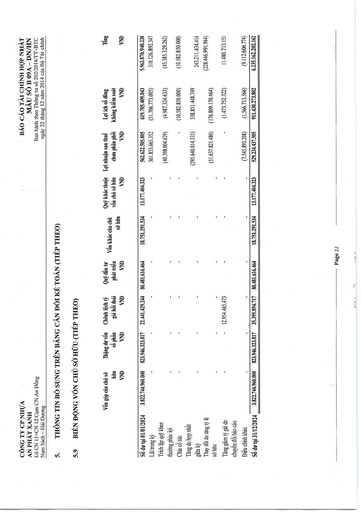
||Vốn góp của chủ sở hữu VND|Thặng dư vốn cổ phần VND|Chênh lệch tỷ giá hối đoái VND|Quỹ đầu tư phát triển VND|Vốn khác của chủ sở hữu|Quỹ khác thuộc vốn chủ sở hữu VND|Lợi nhuận sau thuế chưa phân phối VND|Lợi ích cổ đông không kiểm soát VND|Tổng VND| |---|---|---|---|---|---|---|---|---|---| |Số dư tại 01/01/2024|3.822.744.960.000|823.946.323.817|22.441.429.244|80.481.616.464|18.751.291.534|13.177.404.323|562.622.505.805|619.705.409.043|5.963.870.940.230| |Lãi trong kỳ|-|-|-|-|-|-|361.833.665.352|(51.706.773.005)|310.126.892.347| |Trích lập quỹ khen thưởng phúc lợi|-|-|-|-|-|-|(40.398.004.629)|(4.987.324.633)|(45.385.329.262)| |Chia cổ tức|-|-|-|-|-|-|-|(10.582.850.000)|(10.582.850.000)| |Tăng do hợp nhất giữa kỳ|-|-|-|-|-|-|(295.640.014.335)|538.851.448.749|243.211.434.414| |Thay đổi do tăng tỷ lệ sở hữu|-|-|-|-|-|-|(51.637.821.480)|(176.809.170.464)|(228.446.991.944)| |Tăng giảm tỷ giá do chuyển đổi báo cáo|-|-|12.954.465.473|-|-|-|-|(1.473.752.322)|11.480.713.151| |Điều chỉnh khác|-|-|-|-|-|-|(7.545.893.208)|(1.566.713.566)|(9.112.606.774)| |Số dư tại 31/12/2024|3.822.744.960.000|823.946.323.817|35.395.894.717|80.481.616.464|18.751.291.534|13.177.404.323|529.234.437.505|911.430.273.802|6.235.162.202.162|